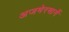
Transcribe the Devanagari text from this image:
अजमेरमार्गे